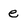
Character: e